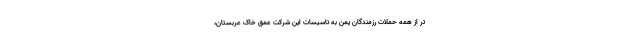
تر از همه حملات رزمندگان یمن به تاسیسات این شرکت عمق خاک عربستان،